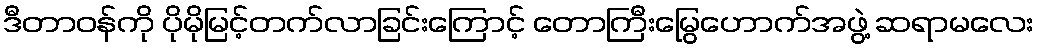
ဒီတာဝန်ကို ပိုမိုမြင့်တက်လာခြင်းကြောင့် တောကြီးမြွေဟောက်အဖွဲ့ ဆရာမလေး